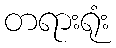
တရားရုံး